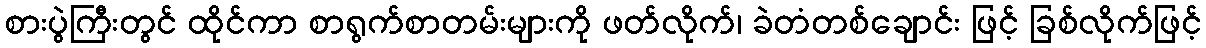
စားပွဲကြီးတွင် ထိုင်ကာ စာရွက်စာတမ်းများကို ဖတ်လိုက်၊ ခဲတံတစ်ချောင်း ဖြင့် ခြစ်လိုက်ဖြင့်